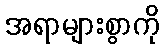
အရာများစွာကို